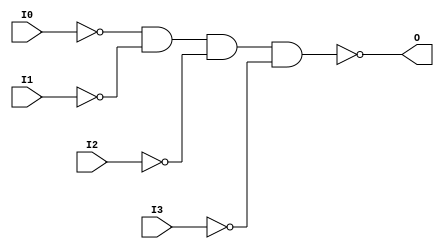
// $Header: /devl/xcs/repo/env/Databases/CAEInterfaces/verunilibs/s/NAND4B4.v,v 1.8.22.1 2003/11/18 20:41:37 wloo Exp $

/*

FUNCTION	: 4-INPUT NAND GATE

*/

`timescale  100 ps / 10 ps


module NAND4B4 (O, I0, I1, I2, I3);

    output O;

    input  I0, I1, I2, I3;

    not N3 (i3_inv, I3);
    not N2 (i2_inv, I2);
    not N1 (i1_inv, I1);
    not N0 (i0_inv, I0);
    nand A1 (O, i0_inv, i1_inv, i2_inv, i3_inv);

    specify
	(I0 *> O) = (0, 0);
	(I1 *> O) = (0, 0);
	(I2 *> O) = (0, 0);
	(I3 *> O) = (0, 0);
    endspecify

endmodule